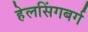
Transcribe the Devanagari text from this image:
हेलसिंगबर्ग